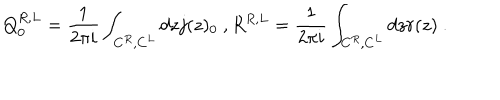
Q _ { 0 } ^ { R , L } = \frac { 1 } { 2 \pi i } \int _ { C ^ { R } , C ^ { L } } d z j ( z ) _ { 0 } \ , R ^ { R , L } = \frac { 1 } { 2 \pi i } \int _ { C ^ { R } , C ^ { L } } d z r ( z ) \ .